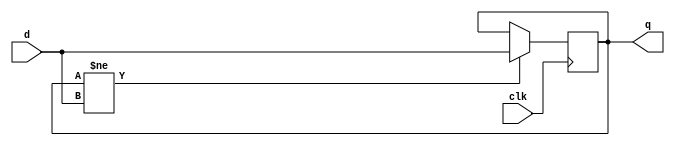
module DFlipFlop(
	input d, clk,
	output reg q
	);
	always @(posedge clk) begin
		if (q != d) q = d;
	end
endmodule